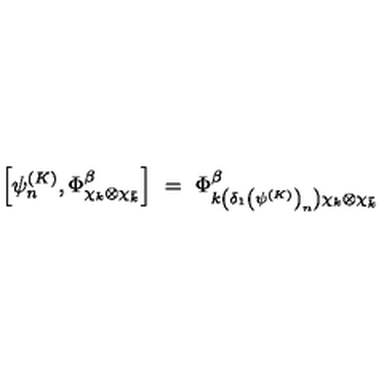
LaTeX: \left[ \psi _ { n } ^ { ( K ) } , \Phi _ { \chi _ { k } \otimes \chi _ { \bar { k } } } ^ { \beta } \right] \ = \ \Phi _ { k \left( \delta _ { 1 } \left( \psi ^ { ( K ) } \right) _ { n } \right) \chi _ { k } \otimes \chi _ { \bar { k } } } ^ { \beta }